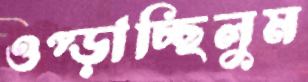
ওপ্‌ড়াচ্ছিলুম